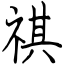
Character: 祺